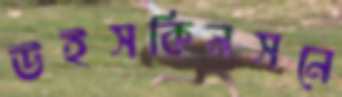
উইসকিনসনে